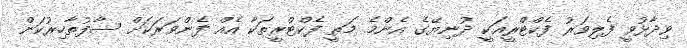
ވިދާޅުވީ ފެލިވަރު ފެކްޓްރީއަކީ ދުނިޔޭގެ އެންމެ މަތީ ފެކްޓްރީތަކާ އެއް ފެންވަރަކަށް ސާފުތާހިރުކަން